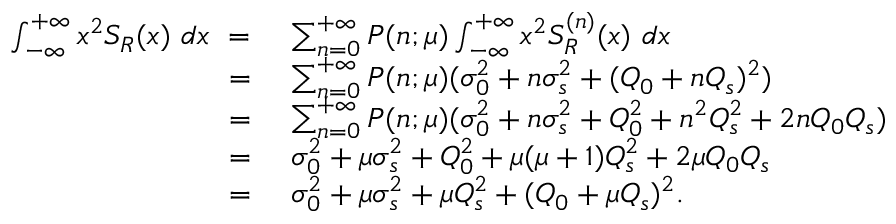
\begin{array} { r l } { \int _ { - \infty } ^ { + \infty } x ^ { 2 } S _ { R } ( x ) \ d x \ = } & { \ \sum _ { n = 0 } ^ { + \infty } P ( n ; \mu ) \int _ { - \infty } ^ { + \infty } x ^ { 2 } S _ { R } ^ { ( n ) } ( x ) \ d x } \\ { \ = } & { \ \sum _ { n = 0 } ^ { + \infty } P ( n ; \mu ) ( \sigma _ { 0 } ^ { 2 } + n \sigma _ { s } ^ { 2 } + ( Q _ { 0 } + n Q _ { s } ) ^ { 2 } ) } \\ { \ = } & { \ \sum _ { n = 0 } ^ { + \infty } P ( n ; \mu ) ( \sigma _ { 0 } ^ { 2 } + n \sigma _ { s } ^ { 2 } + Q _ { 0 } ^ { 2 } + n ^ { 2 } Q _ { s } ^ { 2 } + 2 n Q _ { 0 } Q _ { s } ) } \\ { \ = } & { \ \sigma _ { 0 } ^ { 2 } + \mu \sigma _ { s } ^ { 2 } + Q _ { 0 } ^ { 2 } + \mu ( \mu + 1 ) Q _ { s } ^ { 2 } + 2 \mu Q _ { 0 } Q _ { s } } \\ { \ = } & { \ \sigma _ { 0 } ^ { 2 } + \mu \sigma _ { s } ^ { 2 } + \mu Q _ { s } ^ { 2 } + ( Q _ { 0 } + \mu Q _ { s } ) ^ { 2 } . } \end{array}